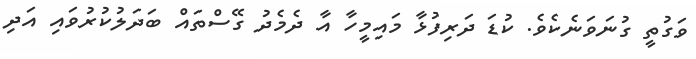
ވަގުތީ ގުނަވަނެކެވެ. ކުޑަ ދަރިފުޅާ މައިމީހާ އާ ދެމެދު ގޭސްތައް ބަދަލުކުރުވައި އަދި